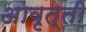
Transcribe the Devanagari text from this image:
अावृत्ती